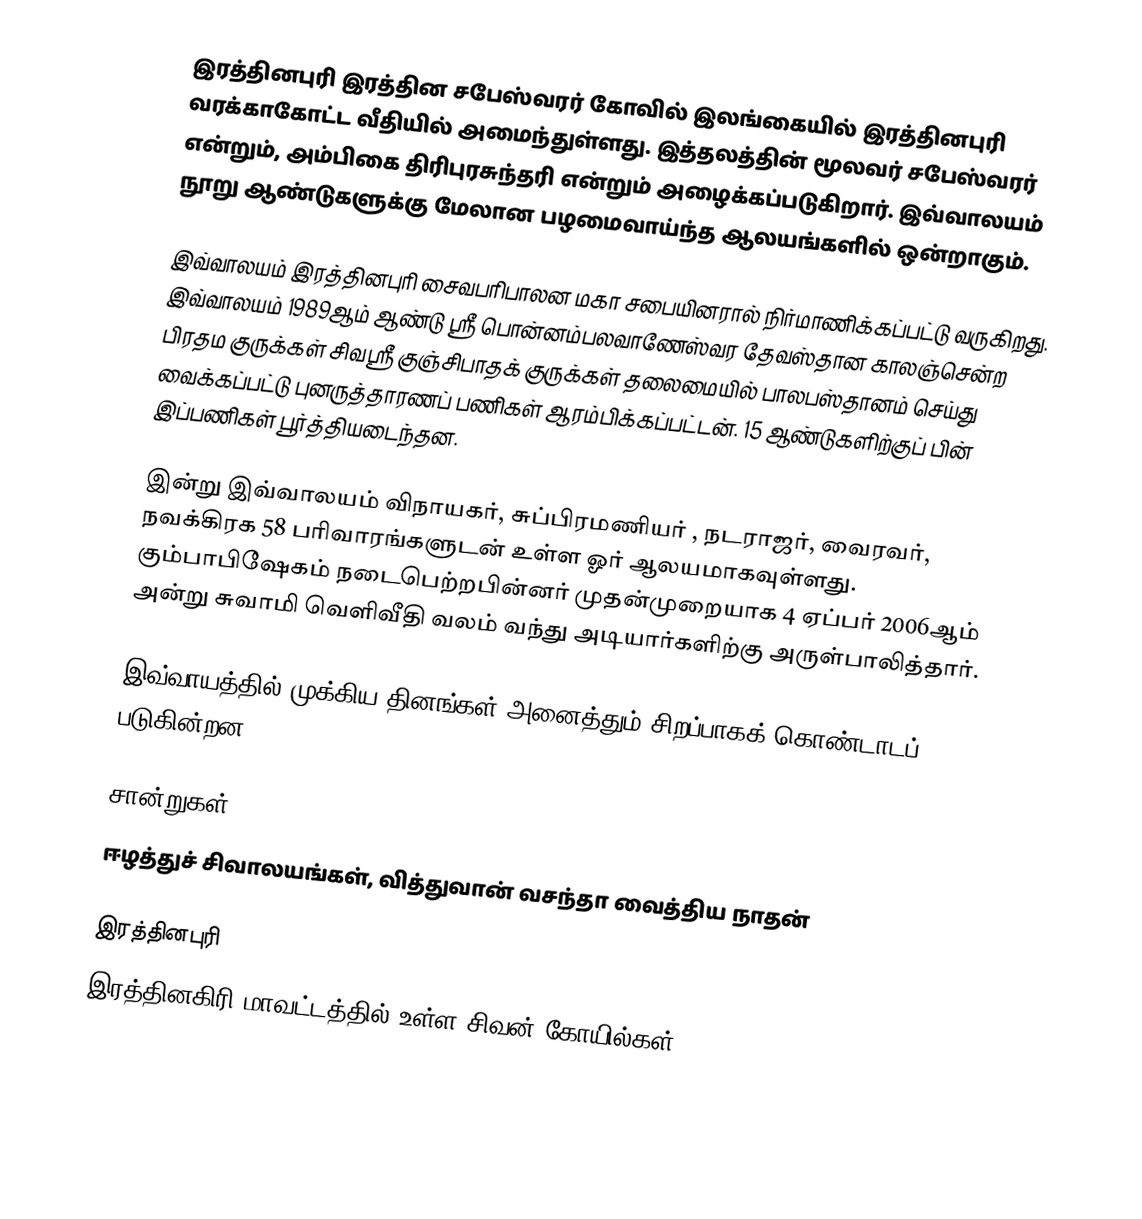
இரத்தினபுரி இரத்தின சபேஸ்வரர் கோவில் இலங்கையில் இரத்தினபுரி வரக்காகோட்ட வீதியில் அமைந்துள்ளது. இத்தலத்தின் மூலவர் சபேஸ்வரர் என்றும், அம்பிகை திரிபுரசுந்தரி என்றும் அழைக்கப்படுகிறார். இவ்வாலயம் நூறு ஆண்டுகளுக்கு மேலான பழமைவாய்ந்த ஆலயங்களில் ஒன்றாகும்.

இவ்வாலயம் இரத்தினபுரி சைவபரிபாலன மகா சபையினரால் நிர்மாணிக்கப்பட்டு வருகிறது. இவ்வாலயம் 1989ஆம் ஆண்டு ஸ்ரீ பொன்னம்பலவாணேஸ்வர தேவஸ்தான காலஞ்சென்ற பிரதம குருக்கள் சிவஸ்ரீ  குஞ்சிபாதக் குருக்கள் தலைமையில் பாலபஸ்தானம் செய்து வைக்கப்பட்டு  புனருத்தாரணப் பணிகள் ஆரம்பிக்கப்பட்டன். 15 ஆண்டுகளிற்குப் பின் இப்பணிகள் பூர்த்தியடைந்தன.

இன்று இவ்வாலயம் விநாயகர், சுப்பிரமணியர் , நடராஜர், வைரவர், நவக்கிரக 58 பரிவாரங்களுடன் உள்ள ஓர் ஆலயமாகவுள்ளது.  கும்பாபிஷேகம் நடைபெற்றபின்னர் முதன்முறையாக 4 ஏப்பர் 2006ஆம் அன்று சுவாமி வெளிவீதி வலம் வந்து அடியார்களிற்கு அருள்பாலித்தார்.

இவ்வாயத்தில் முக்கிய தினங்கள் அனைத்தும் சிறப்பாகக் கொண்டாடப் படுகின்றன.

சான்றுகள்=
ஈழத்துச் சிவாலயங்கள், வித்துவான் வசந்தா வைத்திய நாதன்

இரத்தினபுரி
இரத்தினகிரி மாவட்டத்தில் உள்ள சிவன் கோயில்கள்